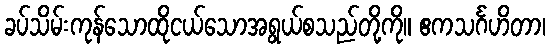
ခပ်သိမ်းကုန်သောထိုငယ်သောအရွယ်စသည်တို့ကို။ ဧကသင်္ဂဟိတာ၊